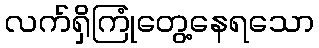
လက်ရှိကြုံတွေ့နေရသော